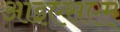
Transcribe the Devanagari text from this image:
आइएसएम्